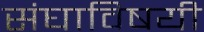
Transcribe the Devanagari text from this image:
संघाविषयी